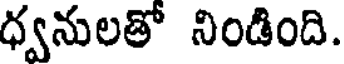
ధ్వనులతో నిండింది.